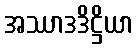
အဿာဒဒိဋ္ဌိယာ